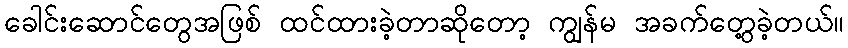
ခေါင်းဆောင်တွေအဖြစ် ထင်ထားခဲ့တာဆိုတော့ ကျွန်မ အခက်တွေ့ခဲ့တယ်။